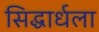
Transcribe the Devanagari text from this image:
सिद्धार्धला